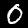
Label: 0